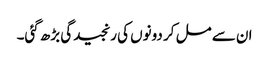
ان سے مل کر دونوں کی رنجیدگی بڑھ گئی۔